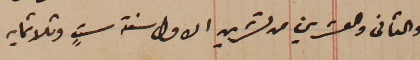
والثاني والعشرين من تشرين الاول سنة ستٍ وثلاثمايه.